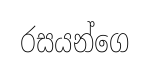
රසයන්ගෙ